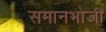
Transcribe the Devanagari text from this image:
समानभोजी